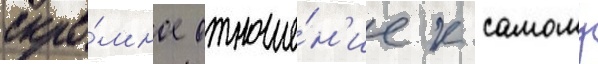
скро́мное отноше́н'ие к самому